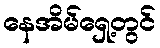
နေအိမ်ရှေ့တွင်